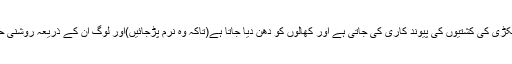
)جن کے ذریعہ لکڑی کی کشتیوں کی پیوند کاری کی جاتی ہے اور کھالوں کو دھن دیا جاتا ہے(تاکہ وہ نرم پڑجائیں)اور لوگ اُن کے ذریعہ روشنی حاصل کرتے ہیں۔